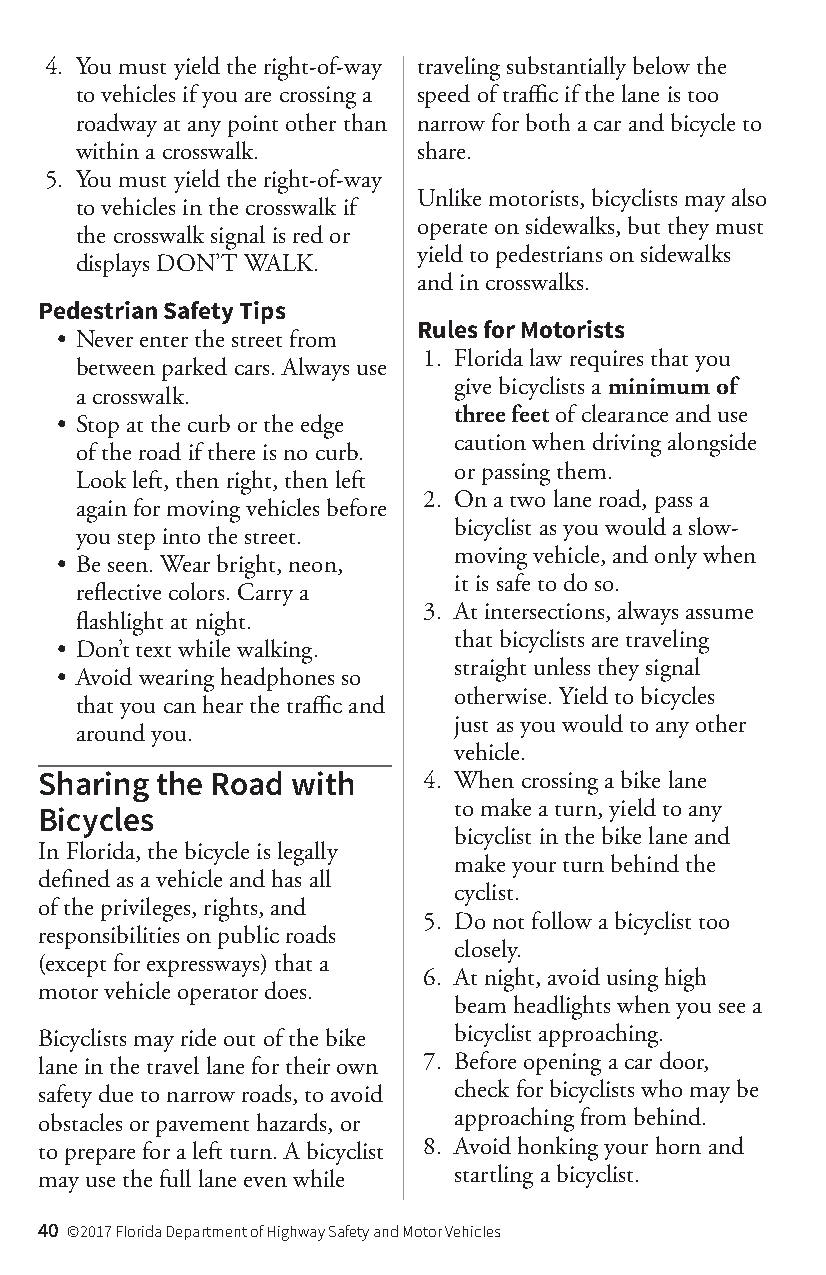
4. You must yield the right-of-way traveling substantially below the
 to vehicles if you are crossing a speed of traffic if the lane is too
 roadway at any point other than narrow for both a car and bicycle to
 within a crosswalk.    share.
 5. You must yield the right-of-way
 Unlike motorists, bicyclists may also
 to vehicles in the crosswalk if
 operate on sidewalks, but they must
 the crosswalk signal is red or
 yield to pedestrians on sidewalks
 displays DON’T WALK.
 and in crosswalks.
 Pedestrian Safety Tips
 Rules for Motorists
 • Never enter the street from
 1. Florida law requires that you
 between parked cars. Always use
 give bicyclists a minimum of
 a crosswalk.
 three feet of clearance and use
 • Stop at the curb or the edge
 caution when driving alongside
 of the road if there is no curb.
 or passing them.
 Look left, then right, then left
 2. On a two lane road, pass a
 again for moving vehicles before
 bicyclist as you would a slow-
 you step into the street.
 moving vehicle, and only when
 • Be seen. Wear bright, neon,
 it is safe to do so.
 reflective colors. Carry a
 3. At intersections, always assume
 flashlight at night.
 that bicyclists are traveling
 • Don’t text while walking.
 straight unless they signal
 • Avoid wearing headphones so
 otherwise. Yield to bicycles
 that you can hear the traffic and
 just as you would to any other
 around you.
 vehicle.
 Sharing the Road with    4. When crossing a bike lane
 to make a turn, yield to any
 Bicycles
 bicyclist in the bike lane and
 In Florida, the bicycle is legally
 make your turn behind the
 defined as a vehicle and has all
 cyclist.
 of the privileges, rights, and
 5. Do not follow a bicyclist too
 responsibilities on public roads
 closely.
 (except for expressways) that a
 6. At night, avoid using high
 motor vehicle operator does.
 beam headlights when you see a
 Bicyclists may ride out of the bike bicyclist approaching.
 lane in the travel lane for their own 7. Before opening a car door,
 safety due to narrow roads, to avoid check for bicyclists who may be
 obstacles or pavement hazards, or approaching from behind.
 to prepare for a left turn. A bicyclist 8. Avoid honking your horn and
 may use the full lane even while startling a bicyclist.
 40 ©2017 Florida Department of Highway Safety and Motor Vehicles